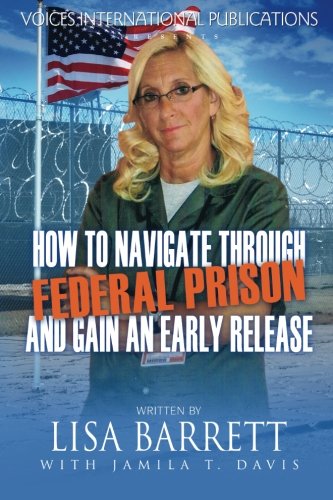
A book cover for How To Navigate Through Federal Prison And Gain An Early Release; Lisa Barrett; Law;